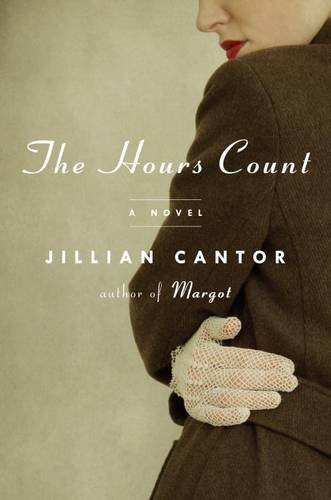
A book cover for The Hours Count: A Novel; Jillian Cantor; Literature & Fiction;